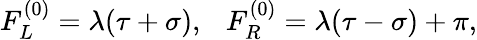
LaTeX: F_{L}^{(0)}=\lambda(\tau+\sigma),~~~F_{R}^{(0)}=\lambda(\tau-\sigma)+\pi,